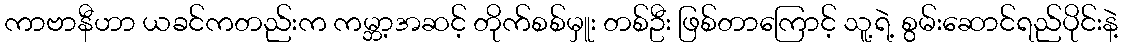
ကာဗာနီဟာ ယခင်ကတည်းက ကမ္ဘာ့အဆင့် တိုက်စစ်မှူး တစ်ဦး ဖြစ်တာကြောင့် သူ့ရဲ့ စွမ်းဆောင်ရည်ပိုင်းနဲ့